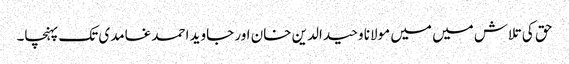
حق کی تلاش میں میں مولانا وحید الدین خان اور جاوید احمد غامدی تک پہنچا۔